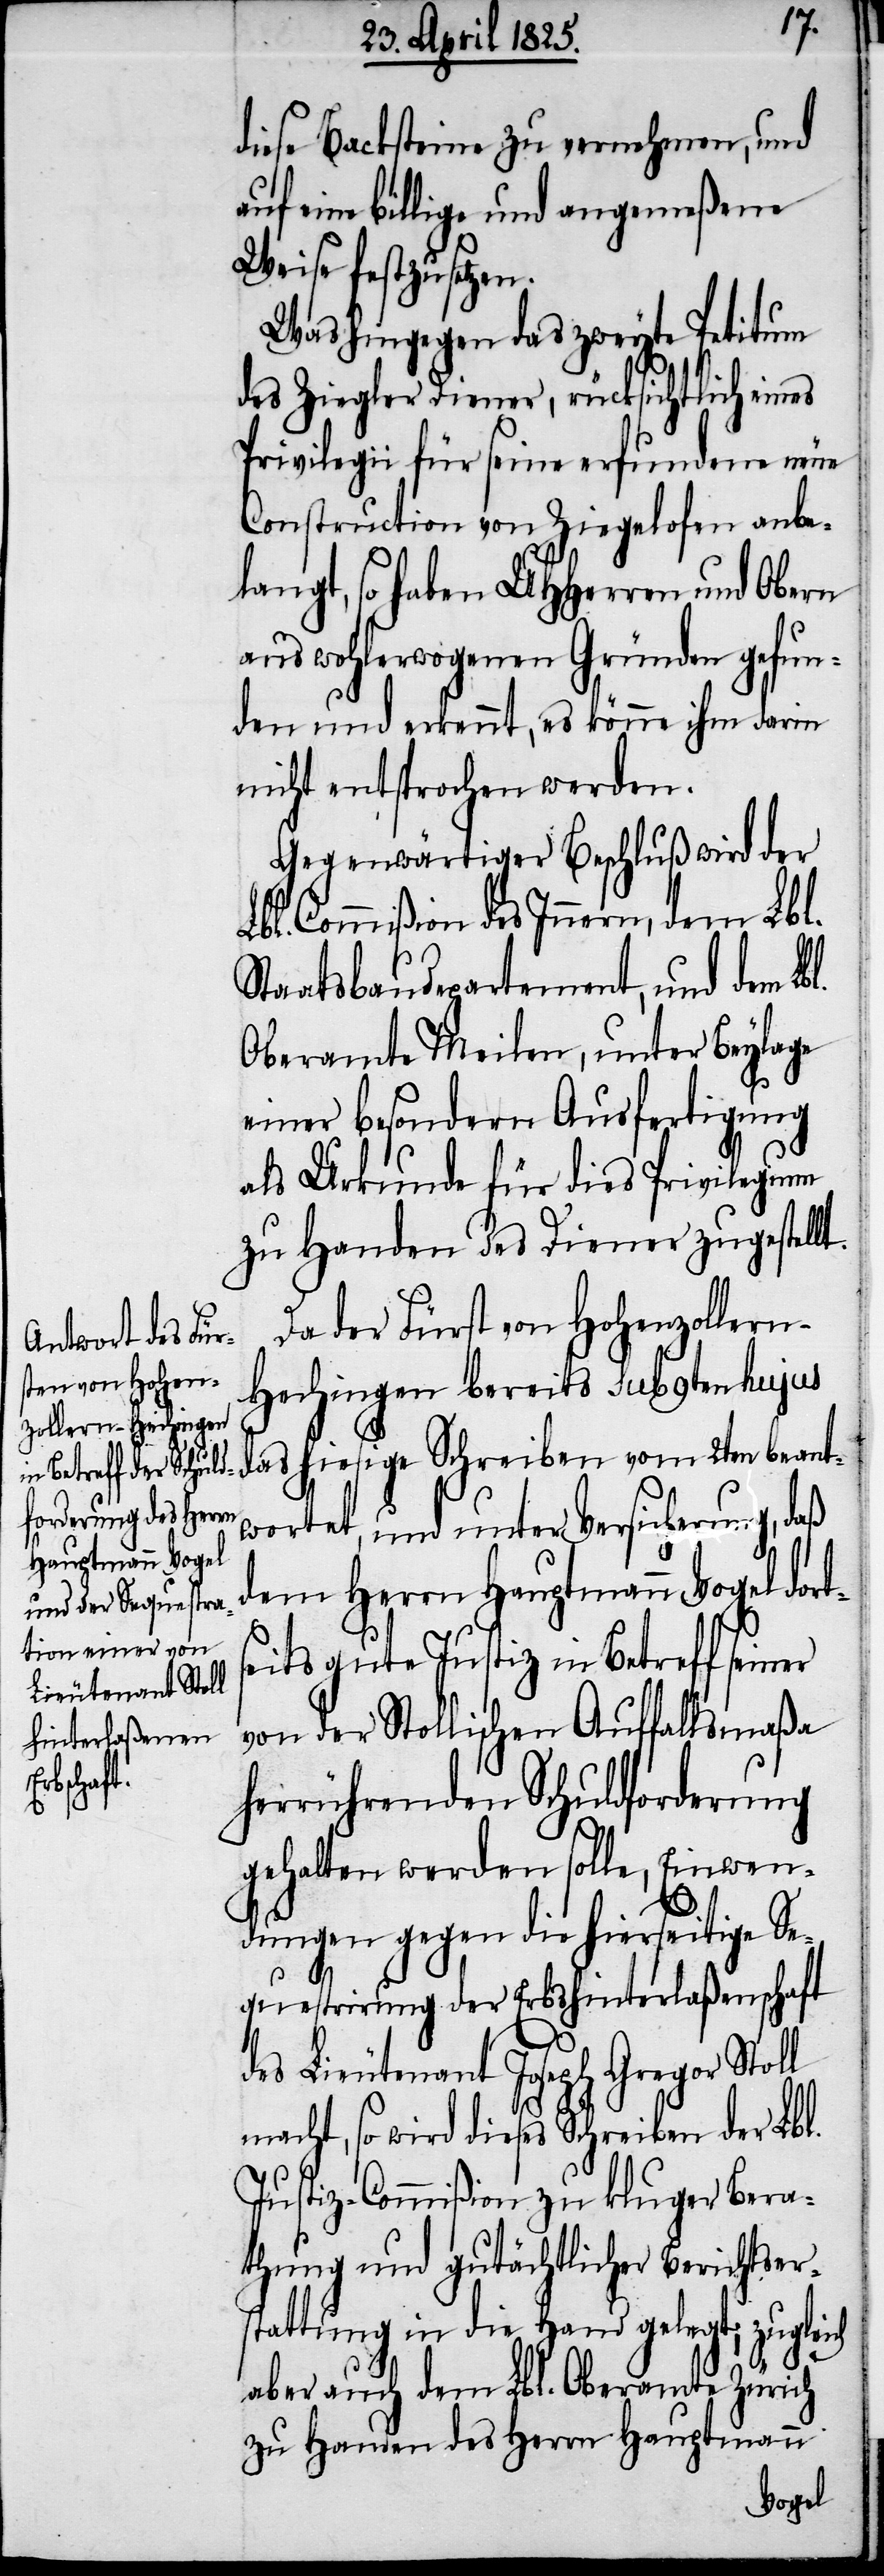
ch
diese Backsteine zu vernehmen, und
auf eine billige und angemeßene
Weise festzusetzen.
Was hingegen das zweyte Petitum
des Ziegler Diener, rücksichtlich eines
Privilegii für seine erfundene neue
Construcion von Ziegelofen anbe¬
langt, so haben UHHerren und Obern
aus wohlerwogenen Gründen gefun¬
den und erkennt, es könne ihm darin
nicht entsprochen werden.
Gegenwärtiger Beschluß wird der
bl. Commißion des Innern, dem Lbl.
Staatsbaudepartement, und dem Lbl.
Oberamte Meilen, unter Beylage
einer besondern Ausfertigung
als Urkunde für dies Privilegium
zu Handen des Diener zugestellt.
Da der Fürst von Hohenzoller¬
n-Hechingen bereits sub 9ten hujus
wortet, und unter Versicherung, daß
dem Herrn Hauptmann Vogel dort¬
seits gute Justiz in Betreff seiner
von der Stollischen Auffallsmaßa
herrührenden Schuldforderung
gehalten werden solle, Einwen¬
dungen gegen die hierseitige Se¬
questrirung der Erbshinterlaßenschaft
des Lieutenant Joseph Gregor Stoll
macht, so wird dieses Schreiben der Lbl.
Justiz-Commißion zu kluger Bera¬
thung und gutächtlicher Berichtser¬
stattung in die Hand gelegt, zuglei¬
aber auch dem Lbl. Oberamte Zürich
zu Handen des Herrn Hauptmann
beant¬